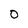
Character: 0